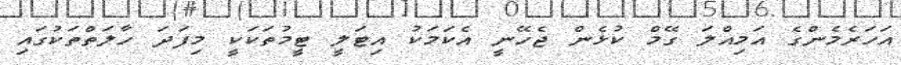
އަހަރެމެންގެ އަމިއްލަ ގޭމް ކުޅެން ޖެހޭނީ އެކަމަކު އިޓަލީ ޓީމުތަކަކީ މިފަދަ ހާލަތްތަކުގައި